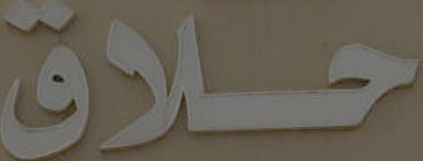
حلاق